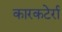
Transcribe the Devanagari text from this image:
कारकटेर्रा